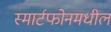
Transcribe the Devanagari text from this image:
स्मार्टफोनमधील